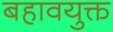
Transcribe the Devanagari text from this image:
बहावयुक्त